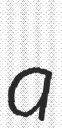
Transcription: a